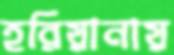
হরিয়ানায়